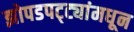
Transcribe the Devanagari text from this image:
झोपडपट्ट्यांमधून